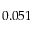
0 . 0 5 1